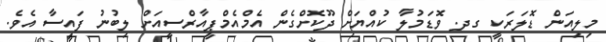
މިލިއަން ޑޮލަރަކީ ގދ. ވޮޑަމުލާ ކުއްޔަށް ދޫކޮށްގެން އެމްއެމްޕީއާރްސީއަށް ލިބުނު ފައިސާ އެވެ.